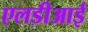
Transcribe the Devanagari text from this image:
एलडीआई